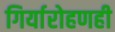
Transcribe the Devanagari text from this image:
गिर्यारोहणही